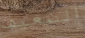
الضعيف